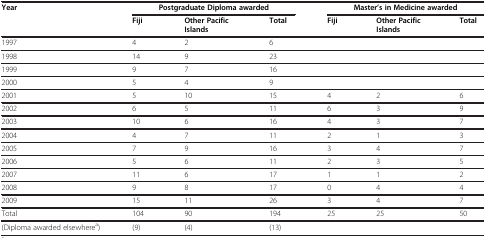
| Year | <COLSPAN=3> Postgraduate Diploma awarded | <COLSPAN=3> Master’s in Medicine awarded |
 | --- | --- | --- | --- | --- | --- | --- |
 |  | Fiji | Other Pacific Islands | Total | Fiji | Other Pacific Islands | Total |
 | 1997 | 4 | 2 | 6 |  |  |  |
 | 1998 | 14 | 9 | 23 |  |  |  |
 | 1999 | 9 | 7 | 16 |  |  |  |
 | 2000 | 5 | 4 | 9 |  |  |  |
 | 2001 | 5 | 10 | 15 | 4 | 2 | 6 |
 | 2002 | 6 | 5 | 11 | 6 | 3 | 9 |
 | 2003 | 10 | 6 | 16 | 4 | 3 | 7 |
 | 2004 | 4 | 7 | 11 | 2 | 1 | 3 |
 | 2005 | 7 | 9 | 16 | 3 | 4 | 7 |
 | 2006 | 5 | 6 | 11 | 2 | 3 | 5 |
 | 2007 | 11 | 6 | 17 | 1 | 1 | 2 |
 | 2008 | 9 | 8 | 17 | 0 | 4 | 4 |
 | 2009 | 15 | 11 | 26 | 3 | 4 | 7 |
 | Total | 104 | 90 | 194 | 25 | 25 | 50 |
 | (Diploma awarded elsewherea) | (9) | (4) | (13) |  |  |  |